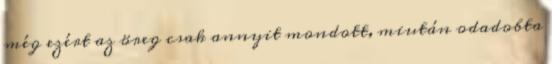
még ezért az öreg csak annyit mondott, miután odadobta